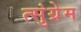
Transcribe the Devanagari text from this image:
त्सुंग्रेम